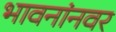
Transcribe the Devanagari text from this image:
भावनांनवर